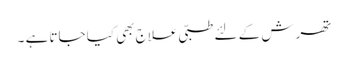
تھرش کے لئے طبّی علاج بھی کیا جاتا ہے ۔